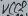
Text: VCCS